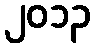
၂၀၁၃